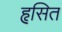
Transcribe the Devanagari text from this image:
हृसित